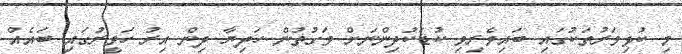
މި ކުޅިވަރުތަކުގައި ބައިވެރިވި ކުޑަކުދިންނަށް ވަގުތުން ހަދިޔާ ދިން އިރު ހަވީރުގައި ބައެއް